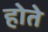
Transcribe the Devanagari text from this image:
होते